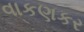
વાકણકર